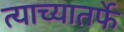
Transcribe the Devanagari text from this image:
त्याच्यातर्फे